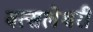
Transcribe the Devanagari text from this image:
वत्सलेश्वरी